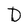
Character: D